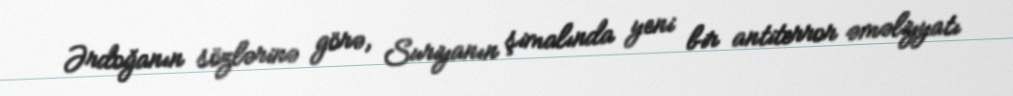
Ərdoğanın sözlərinə görə, Suriyanın şimalında yeni bir antiterror əməliyyatı